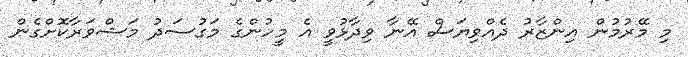
މި މޭރުމުން އިންޒާރު ދެއްވިޔަސް އޭނާ ވިދާޅުވީ އެ މީހުންގެ މަގުސަދު މަޝްވަރާކޮށްގެން